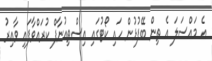
އެ މައްސަލަ އެ ތިން ބޭފުޅުން ހައި ކޯޓުގައި އިސްތިއުނާފް ކުރައްވާފައި ވާއިރު